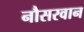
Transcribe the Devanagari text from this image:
नौसरवान